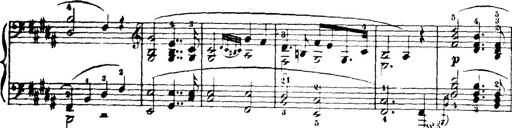
Title: Wagner-Liszt Album
Composer: Franz Liszt